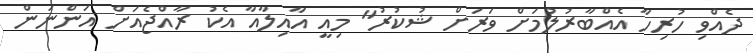
ދެއްވި ހުރިހާ އެއްބާރުލުމަށް ވަރަށް ޝުކުރު" މިއީ އާއިލާއާ އެކު ރާއްޖެއަށް އަންނަން